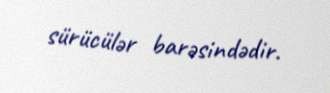
sürücülər barəsindədir.